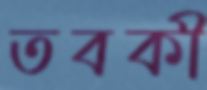
তবকী